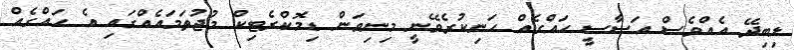
ލިބިދޭ އެއްވެސް އަސާސީ ހައްގެއް ހަނިކުރެވޭނީ މިނިވަން ޑިމޮކްރެޓިކް މުޖުތަމައެއްގައި އެ ހައްގެއް